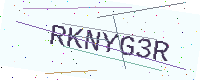
Text: RKNYG3R